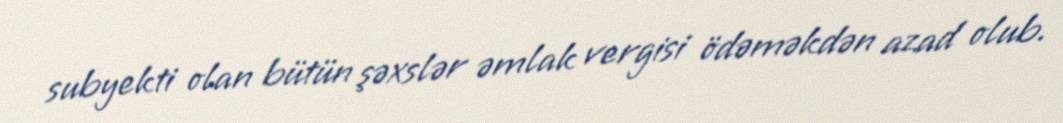
subyekti olan bütün şəxslər əmlak vergisi ödəməkdən azad olub.